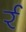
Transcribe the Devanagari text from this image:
र्र